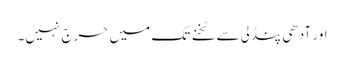
اور آدھی پنڈلی سے ٹخنے تک میں حرج نہیں۔